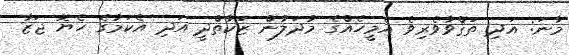
މާނަ: އަދި ތަޤްވާވެރިވެ އެމީހެއްގެ މުދަލުން ޒަކާތްދީ އަދި އެކަމުގެ ހެޔޮ ޖަޒާ